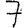
Digit: 7